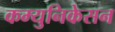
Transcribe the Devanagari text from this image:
कम्युनिकेसन